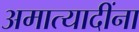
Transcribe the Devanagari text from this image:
अमात्यादींना